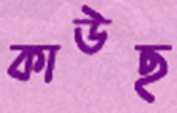
কাউছ